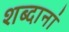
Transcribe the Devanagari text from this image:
शब्दानां